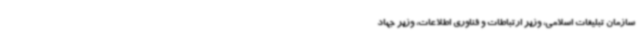
سازمان تبلیغات اسلامی، وزیر ارتباطات و فناوری اطلاعات، وزیر جهاد